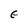
Character: E